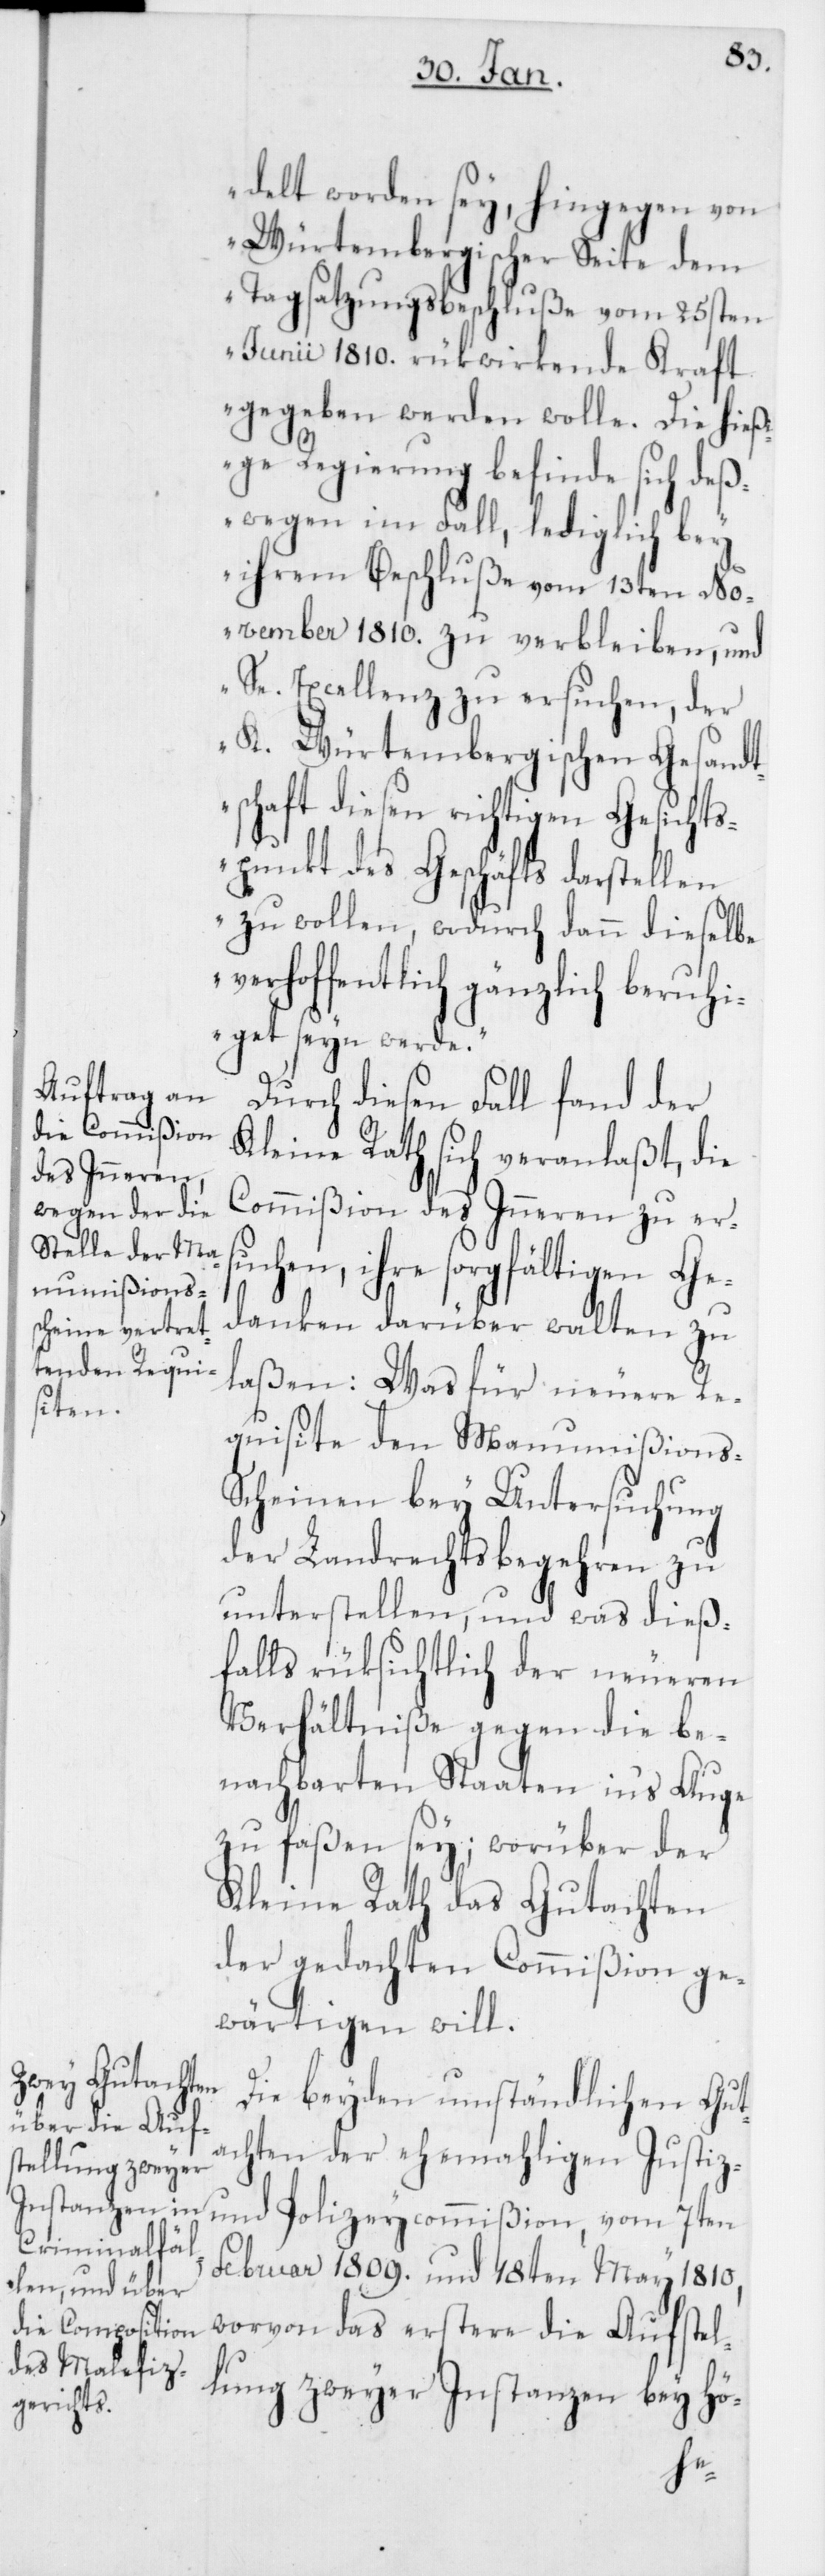
delt worden sey, hingegen von
Würtembergischer Seite dem
Tagsatzungsbeschluße vom 25sten
Junii 1810. rükwirkende Kraft
gegeben werden wolle. Die hieß¬
ige Regierung befinde sich deß¬
wegen im Fall, lediglich bey
ihrem Beschluße vom 13ten No¬
vember 1810. zu verbleiben, und
Se. Excellenz zu ersuchen, der
K. Würtembergischen Gesandt¬
schaft diesen richtigen Gesichts¬
punkt des Geschäfts darstellen
zu wollen, wodurch dann dieselbe
verhoffentlich gänzlich beruh¬
iget seyn werde.“
Durch diesen Fall fand der
Kleine Rath sich veranlaßt, die
Commißion des Inneren zu ers¬
uchen, ihre sorgfältigen Ge¬
danken darüber walten zu
laßen: Was für neuere Re¬
quisite den Manumißions-S¬
cheinen bey Untersuchung
der Landrechtsbegehren zu
unterstellen, und was dieß¬
falls rüksichtlich der neueren
Verhältniße gegen die be¬
nachbarten Staaten in‘s Auge
zu faßen sey; worüber der
Kleine Rath das Gutachten
der gedachten Commißion ge¬
wärtigen will.
Die beyden umständlichen Gut¬
achten der ehemaligen Justiz-
und Polizeycommißion, vom 7ten
Februar 1809. und 18ten May 1810,
worvon das erstere die Aufstel¬
lung zweyer Instanzen bey hö-